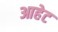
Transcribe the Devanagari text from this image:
आहेट